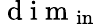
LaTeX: \mathrm{~d~i~m~}_{\mathrm{in}}